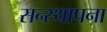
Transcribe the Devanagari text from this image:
सन्स्थापना